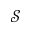
\mathcal { S }